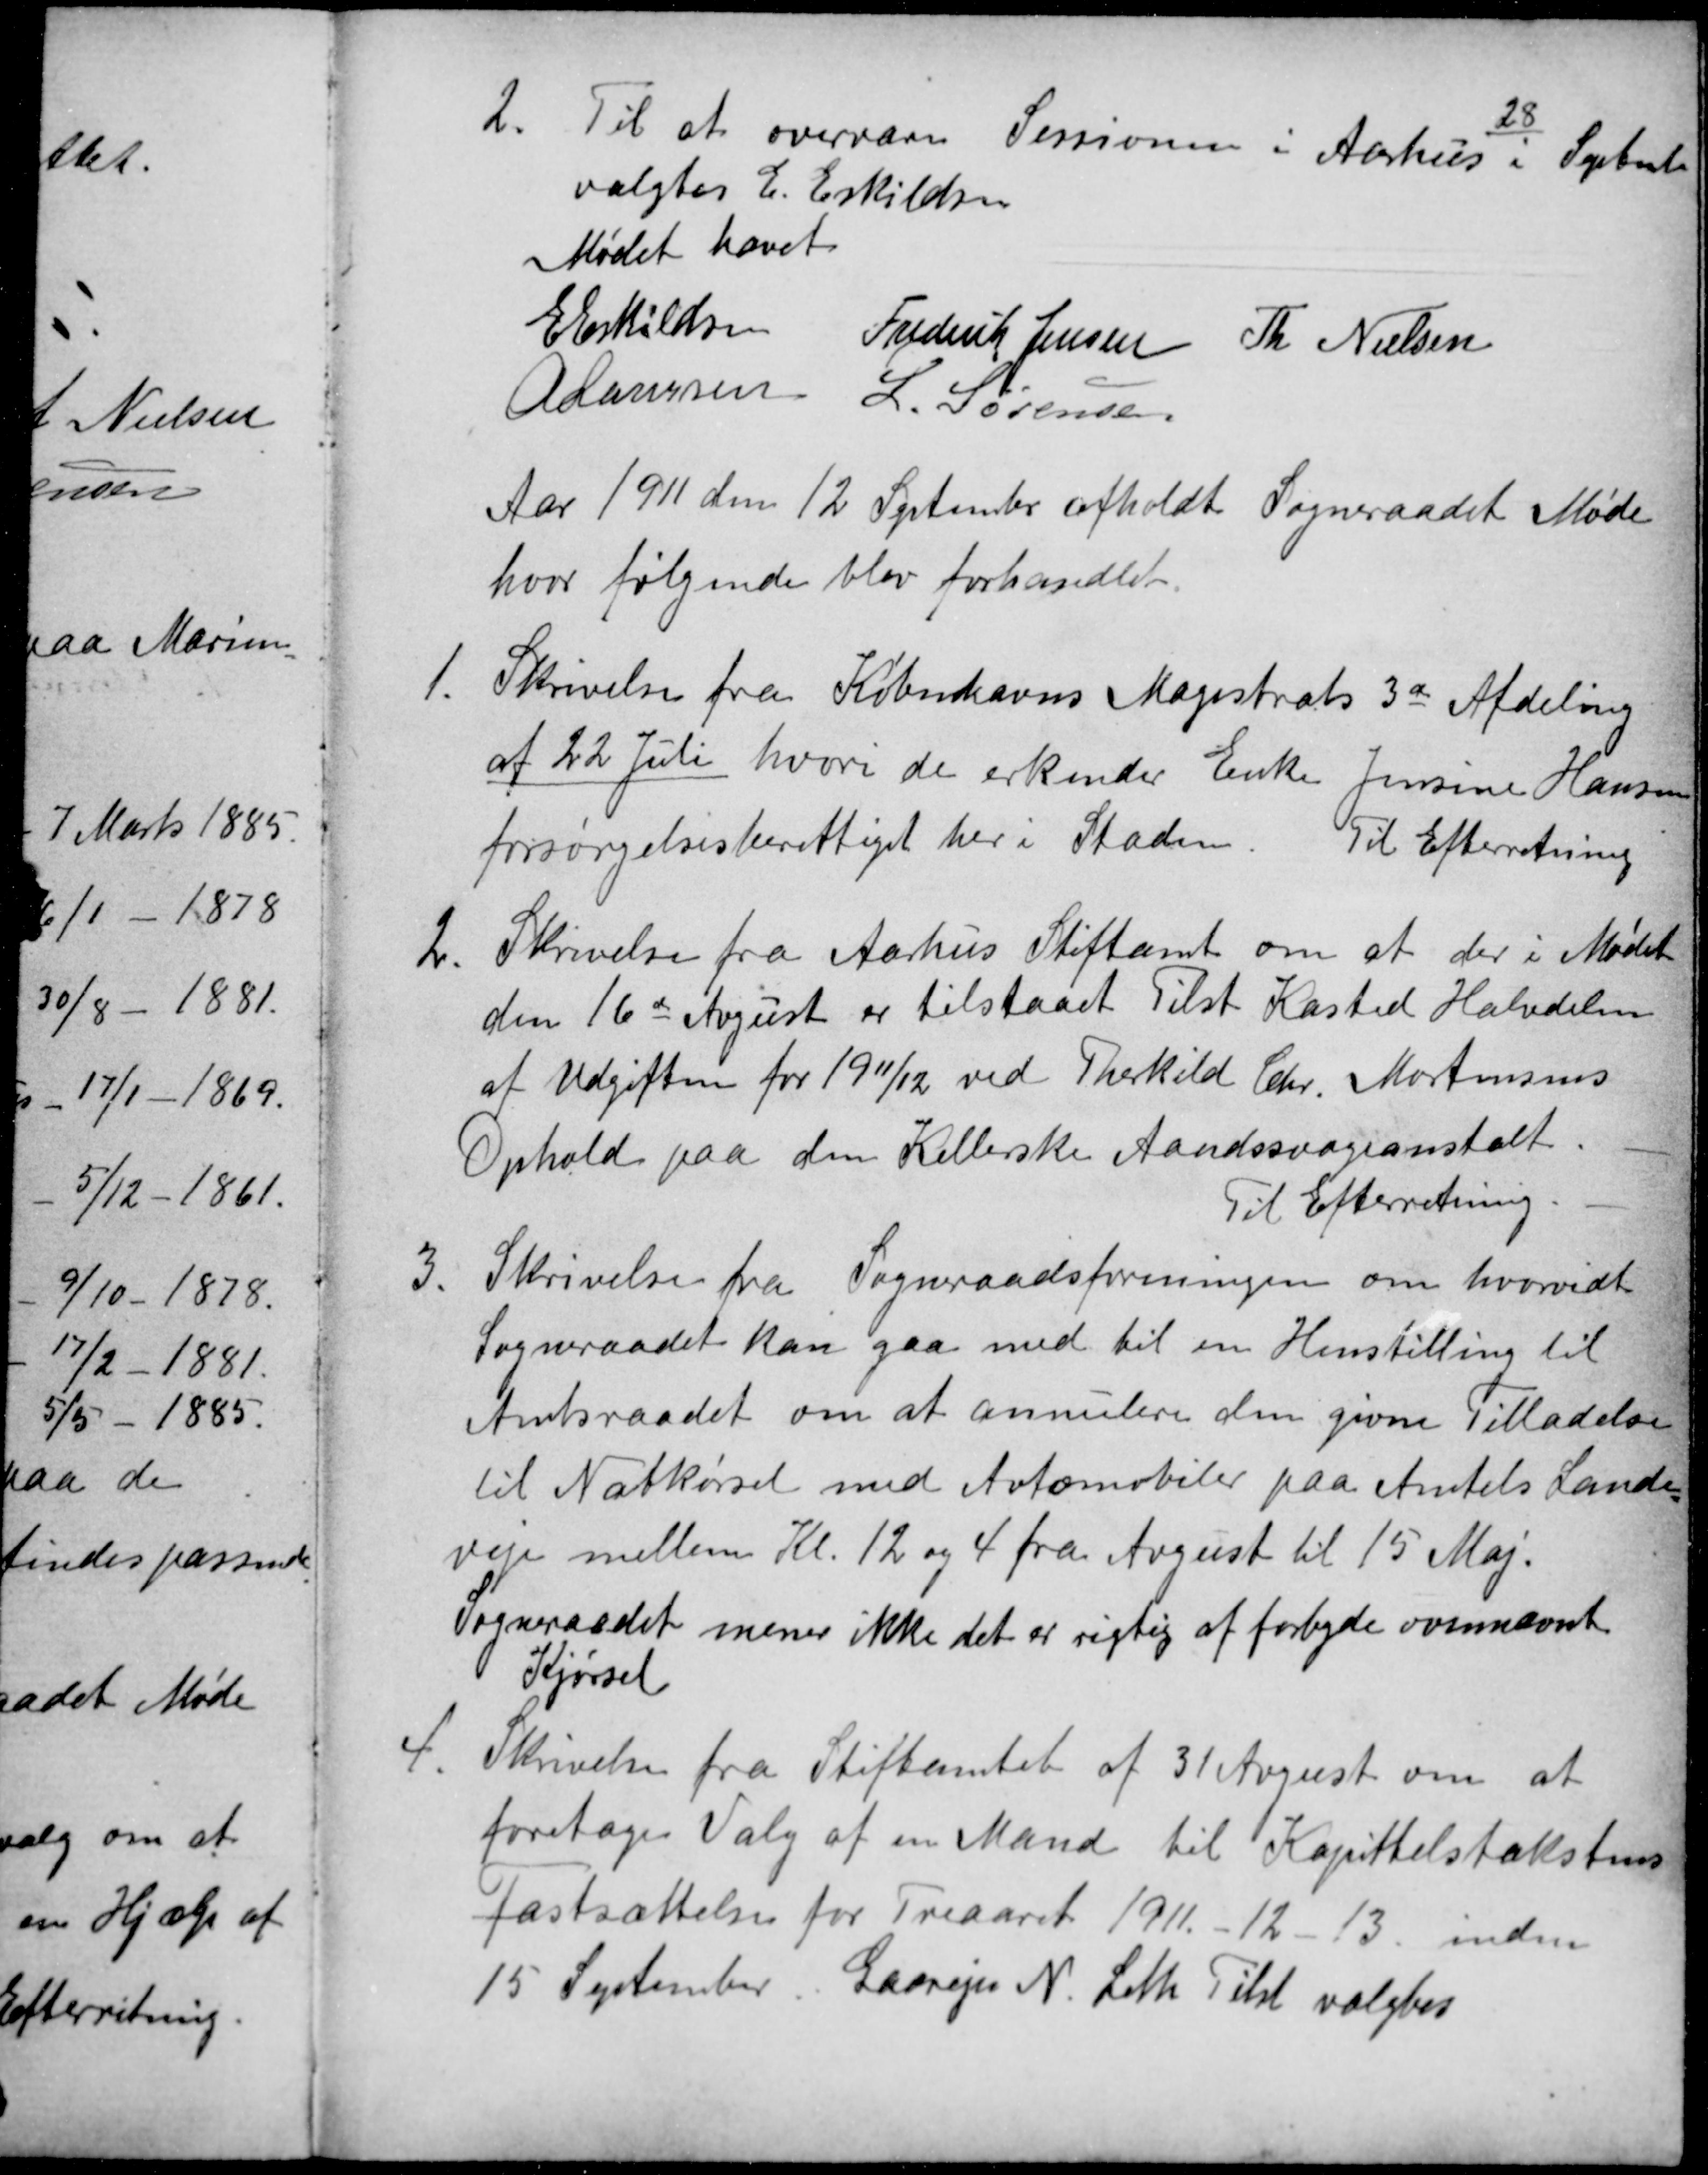
Transskription:
2.
Til at overvære Sessionen i Aarhus 
28
i September
valgtes E. Eskildsen
Mødet hævet
E Eskildsen
Frederik Jensen
Th Nielsen
A Laursen
L. Sørensen
Aar 1911 den 12 September afholdt Sogneraadet Møde
hvor følgende blev forhandlet.
1.
Skrivelse fra Københavns Magistrats 3de Afdeling
af 22 Juli hvori de erkender Enke Jensine Hansen
forsørgelsesberettiget her i Staden. Til Efterretning
2
Skrivelse fra Aarhus Stiftamt om at der i Mødet
den 16de August er tilstaaet Tilst Kasted Halvdelen
af Udgiften for 1911/12 ved Therkild Chr. Mortensens
Ophold paa den Kellerske Aandssvageanstalt.
Til Efterretning.
3.
Skrivelse fra Sogneraadsforeningen om hvorvidt
Sogneraadet kan gaa med til en Henstilling til
Amtsraadet om at annulere den givne Tilladelse
til Natkørsel med Avtomobiler paa Amtets Lande
veje mellem Kl. 12 og 4 fra August til 15 Maj.
Sogneraadet mener ikke det er rigtig af forbyde ovennævnte
Kjørsel
4
Skrivelse fra Stiftamtet af 31 August om at
foretage Valg af en Mand til Kapittelstakstens
fastsættelse for Treaaret 1911. - 12 - 13. inden
15 September Gaarejer N. Leth Tilst valgtes